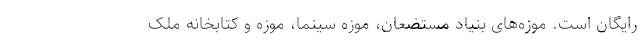
رایگان است. موزه‌های بنیاد مستضعان، موزه سینما، موزه و کتابخانه ملک